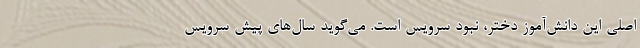
اصلی این دانش‌آموز دختر، نبود سرویس است. می‌گوید سال‌های پیش سرویس